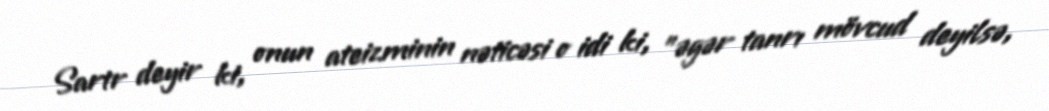
Sartr deyir ki, onun ateizminin nəticəsi o idi ki, "əgər tanrı mövcud deyilsə,